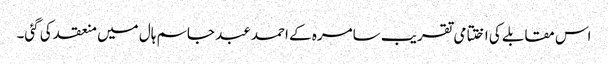
اس مقابلے کی اختتامی تقریب سامرہ کے احمد عبد جاسم ہال میں منعقد کی گئی۔